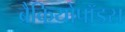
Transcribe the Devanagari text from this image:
ब्रैकियोपॉडस